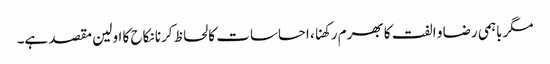
مگرباہمی رضا و الفت کا بھرم رکھنا، احساسات کا لحاظ کرنا نکاح کا اولین مقصد ہے۔